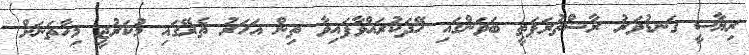
ރިޔާސީ ގަނޑުވަރު ރާޝްތުރަޕަތީ ބަވަންގައި ހޭދަކުރައްވާފައިވާ ތިން އަހަރު ތެރޭގައި މުކަރުޖީ މިހާތަނަށް